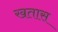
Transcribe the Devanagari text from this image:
खतास